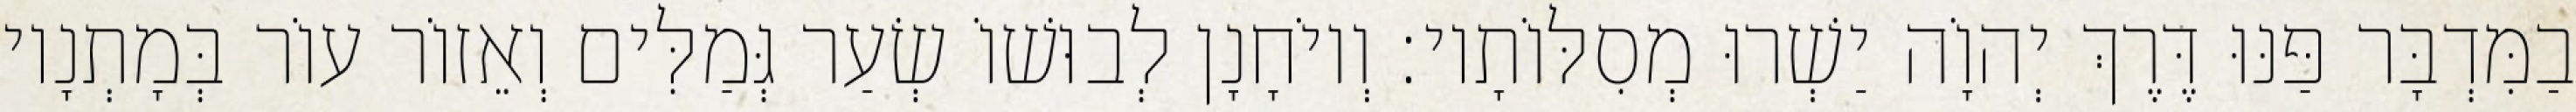
בַמִּדְבָּר פַּנּוּ דֶּרֶךְ יְהוָֹה יַשְׁרוּ מְסִלּוֹתָיו׃ וְיוֹחָנָן לְבוּשׁוֹ שְׂעַר גְּמַלִּים וְאֵזוֹר עוֹר בְּמָתְנָיו